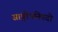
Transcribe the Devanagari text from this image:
साङ्गोपनिषदो